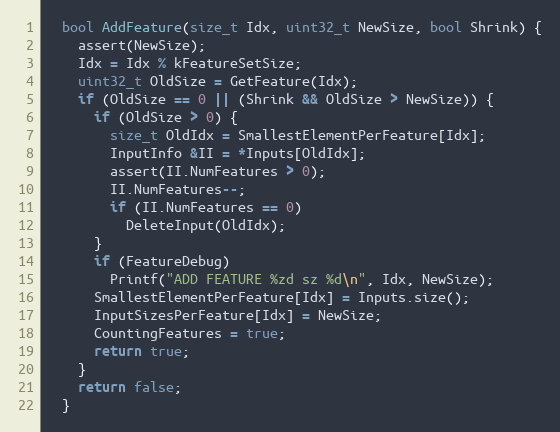
Language: C
  bool AddFeature(size_t Idx, uint32_t NewSize, bool Shrink) {
    assert(NewSize);
    Idx = Idx % kFeatureSetSize;
    uint32_t OldSize = GetFeature(Idx);
    if (OldSize == 0 || (Shrink && OldSize > NewSize)) {
      if (OldSize > 0) {
        size_t OldIdx = SmallestElementPerFeature[Idx];
        InputInfo &II = *Inputs[OldIdx];
        assert(II.NumFeatures > 0);
        II.NumFeatures--;
        if (II.NumFeatures == 0)
          DeleteInput(OldIdx);
      }
      if (FeatureDebug)
        Printf("ADD FEATURE %zd sz %d\n", Idx, NewSize);
      SmallestElementPerFeature[Idx] = Inputs.size();
      InputSizesPerFeature[Idx] = NewSize;
      CountingFeatures = true;
      return true;
    }
    return false;
  }